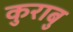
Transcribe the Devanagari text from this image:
कुराबु